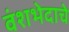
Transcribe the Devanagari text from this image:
वंशभेदाचे